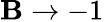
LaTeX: \mathbf{B}\rightarrow-1